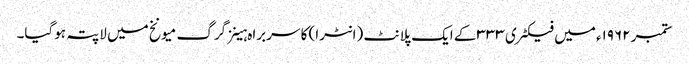
ستمبر ۱۹۶۲ء میں فیکٹری ۳۳۳ کے ایک پلانٹ (انٹرا) کا سربراہ ہینز گرگ میونخ میں لاپتہ ہوگیا۔